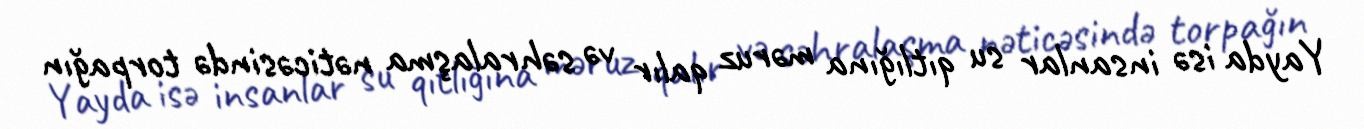
Yayda isə insanlar su qıtlığına məruz qalır və səhralaşma nəticəsində torpağın